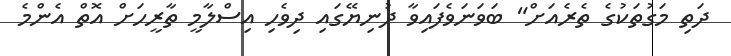
ދަތި މަގުތަކުގެ ތެރެއަށް" ބަަވަނަވެފައިވާ ދުނިޔޭގައި ދިވެހި އިސްލާމީ ތާރީހަށް އޮތް އެންމެ